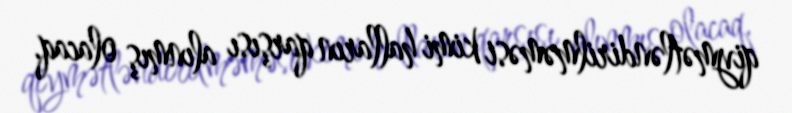
qiymətləndirilməməsi kimi halların qarşısı alınmış olacaq.